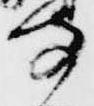
寺